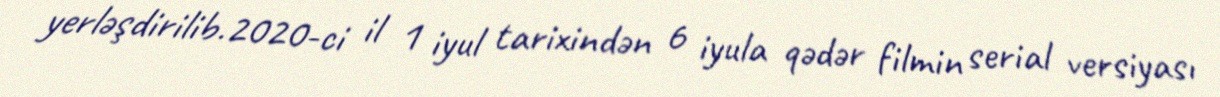
yerləşdirilib.2020-ci il 1 iyul tarixindən 6 iyula qədər filmin serial versiyası